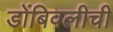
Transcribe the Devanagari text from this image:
डोंबिवलीची